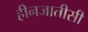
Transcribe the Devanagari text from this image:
हीनजातीसी